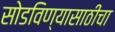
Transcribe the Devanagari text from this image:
सोडविण्यासाठीचा